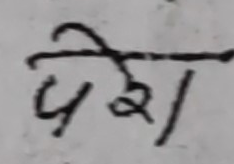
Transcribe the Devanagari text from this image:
पेश